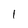
Character: 1